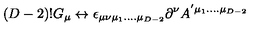
( D - 2 ) ! G _ { \mu } \leftrightarrow \epsilon _ { \mu \nu \mu _ { 1 } . . . . \mu _ { D - 2 } } \partial ^ { \nu } A ^ { ' \mu _ { 1 } . . . . \mu _ { D - 2 } }